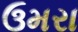
ઉમરા